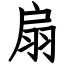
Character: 扇